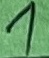
Text: 1